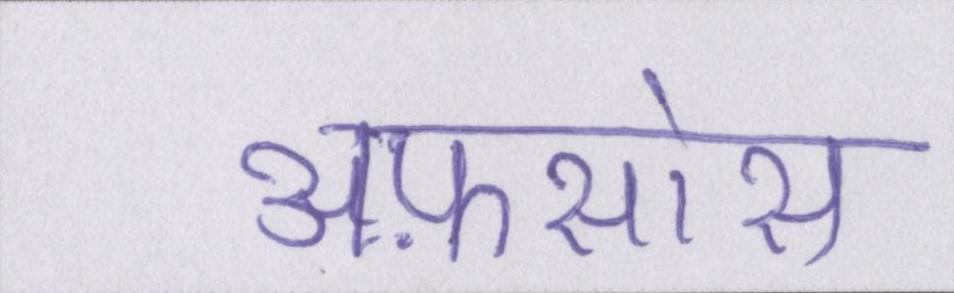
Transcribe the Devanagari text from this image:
अफ़सोस